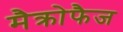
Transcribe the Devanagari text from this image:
मैक्रोफैज